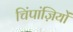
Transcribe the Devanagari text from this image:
चिंपांज़ियों